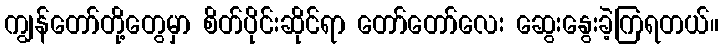
ကျွန်တော်တို့တွေမှာ စိတ်ပိုင်းဆိုင်ရာ တော်တော်လေး ဆွေးနွေးခဲ့ကြရတယ်။